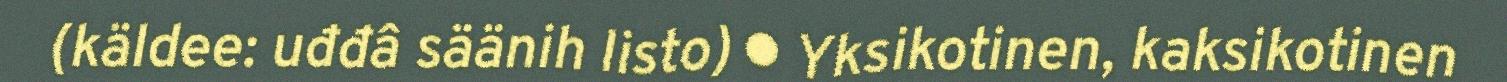
(käldee: uđđâ säänih listo) ● Yksikotinen, kaksikotinen